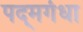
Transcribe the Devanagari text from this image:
पद्‌मगंधा